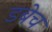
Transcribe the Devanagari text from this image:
डबेच